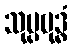
သုပ္ပဗုဒ္ဓံ